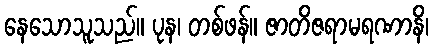
နေသောသူသည်။ ပုန၊ တစ်ဖန်။ ဇာတိဇရာမရဏာနိ၊